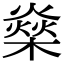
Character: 燊